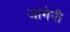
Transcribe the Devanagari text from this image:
जागेगी